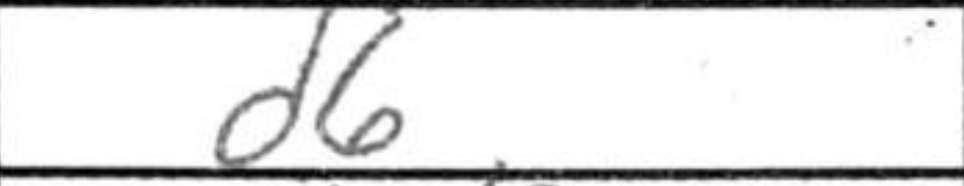
Transcription: d6